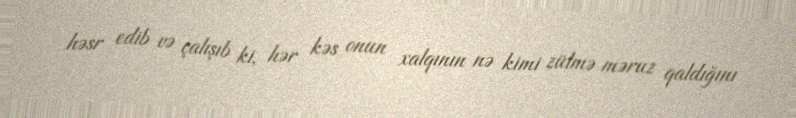
həsr edib və çalışıb ki, hər kəs onun xalqının nə kimi zülmə məruz qaldığını